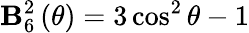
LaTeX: \mathbf{B}_{6}^{2}\left(\theta\right)=3\cos^{2}\theta-1